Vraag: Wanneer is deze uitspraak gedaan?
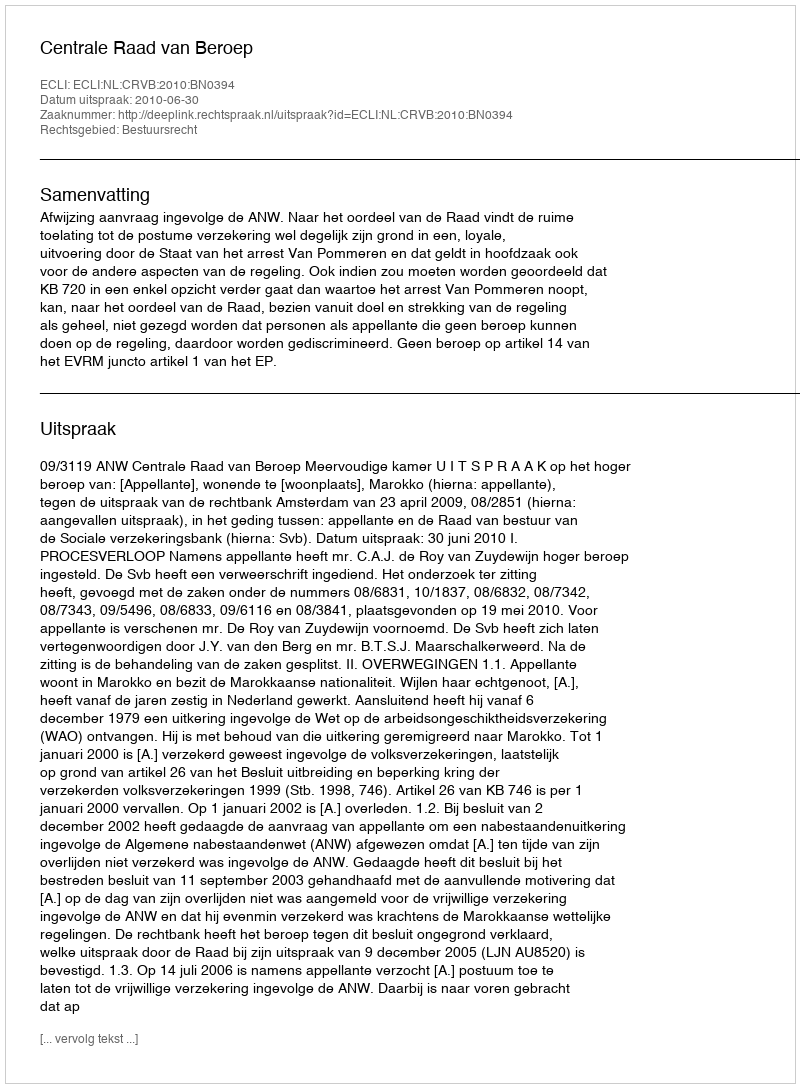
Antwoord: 2010-06-30